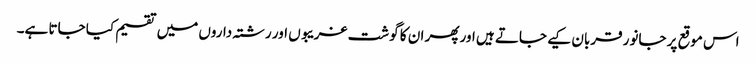
اس موقع پر جانور قربان کیے جاتے ہیں اور پھر ان کا گوشت غریبوں اور رشتہ داروں میں تقسیم کیا جاتا ہے۔